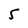
Character: 5